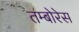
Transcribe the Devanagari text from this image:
तम्बोरेस